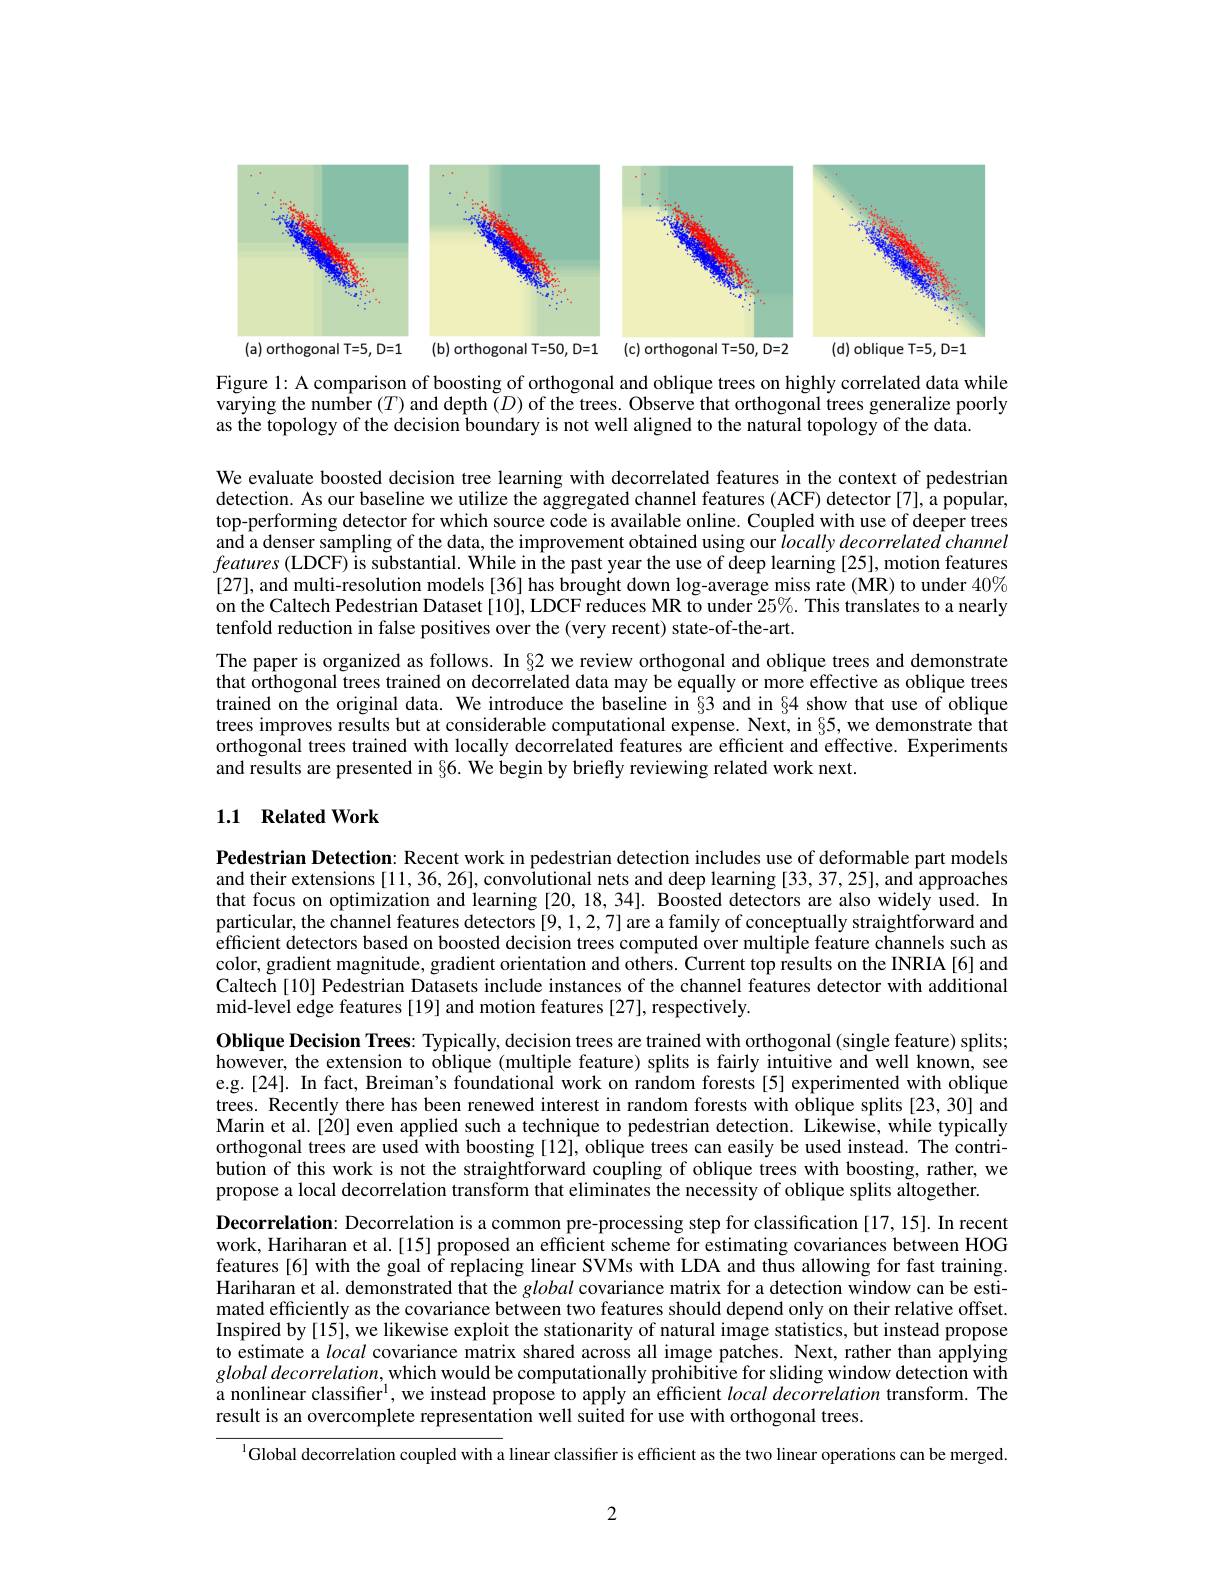
<FigureHere>

Figure l: A comparison of boosting of orthogonal and oblique trees on highly correlated data while varying the number $(T)$ and depth $\tilde{(D)}$ of the trees. Observe that orthogonal trees generalize poorly as the topology of the decision boundary is not well aligned to the natural topology of the data.

We evaluate boosted decision tree learning with decorrelated features in the context of pedestrian detection. As our baseline we utilize the aggregated channel features (ACF) detector [7], a popular, top-performing detector for which source code is available online. Coupled with use of deeper trees and a denser sampling of the data, the improvement obtained using our locally decorrelated channel $features($LDCF) is substantial. While in the past year the use of deep learning [25], motion features [27], and multi-resolution models[36] has brought down log-average miss rate(MR) to under $40\%$ on the Caltech Pedestrian Dataset [10], LDCF reduces MR to under $25\%.$ This translates to a nearly tenfold reduction in false positives over the (very recent) state-of-the-art.
The paper is organized as follows. In§2 we review orthogonal and oblique trees and demonstrate that orthogonal trees trained on decorrelated data may be equally or more effective as oblique trees trained on the original data. We introduce the baseline in §3 and in§4 show that use of oblique trees improves results but at considerable computational expense. Next, in §5, we demonstrate that orthogonal trees trained with locally decorrelated features are efficient and effective. Experiments and results are presented in §6. We begin by briefly reviewing related work next.

## 1.1 Related Work

Pedestrian Detection: Recent work in pedestrian detection includes use of deformable part models and their extensions [11, 36, 26], convolutional nets and deep learning [33, 37, 25], and approaches that focus on optimization and learning [20,18,34]. Boosted detectors are also widely used. In particular, the channel features detectors [9,1,2,7] are a family of conceptually straightforward and efficient detectors based on boosted decision trees computed over multiple feature channels such as color, gradient magnitude, gradient orientation and others. Current top results on the INRIA[6] and Caltech [10] Pedestrian Datasets include instances of the channel features detector with additional mid-level edge features [19] and motion features [27], respectively.

Oblique Decision Trees: Typically, decision trees are trained with orthogonal (single feature) splits; however, the extension to oblique (multiple feature) splits is fairly intuitive and well known, see e.g.[24]. In fact, Breiman's foundational work on random forests[5] experimented with oblique trees. Recently there has been renewed interest in random forests with oblique splits[23,30] and Marin et al.[20] even applied such a technique to pedestrian detection. Likewise, while typically orthogonal trees are used with boosting [12], oblique trees can easily be used instead. The contribution of this work is not the straightforward coupling of oblique trees with boosting, rather, we propose a local decorrelation transform that eliminates the necessity of oblique splits altogether.
Decorrelation: Decorrelation is a common pre-processing step for classification [17,15]. In recent work, Hariharan et al.[15] proposed an efficient scheme for estimating covariances between HOG features[6] with the goal of replacing linear SVMs with LDA and thus allowing for fast training. Hariharan et al. demonstrated that the global covariance matrix for a detection window can be estimated efficiently as the covariance between two features should depend only on their relative offset. Inspired by[15], we likewise exploit the stationarity of natural image statistics, but instead propose to estimate a local covariance matrix shared across all image patches. Next, rather than applying $global\textit{ decorrelation, which would be computationally prohibitive for sliding window detection with}$ a nonlinear classifier$^{\mathrm{l}}$, we instead propose to apply an efficient $local\textit{decorrelation transform. The}$ result is an overcomplete representation well suited for use with orthogonal trees.
$^{\text{l}}$Global decorrelation coupled with a linear classifier is efficient as the two linear operations can be merged.

2